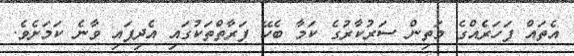
އެތައް ފަހަރެއްގެ މަތިން ސަރުކާރުގެ ކަމާ ބެހޭ ފަރާތްތަކުގައި އެދިފައި ވާނެ ކަމަށެވެ.